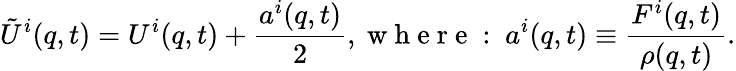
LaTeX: \tilde{U}^{i}(q,t)=U^{i}(q,t)+\frac{a^{i}(q,t)}{2},\mathrm{~w~h~e~r~e~:~}a^{i}(q,t)\equiv\frac{F^{i}(q,t)}{\rho(q,t)}.